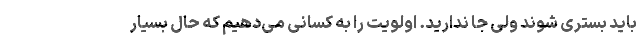
باید بستری شوند ولی جا ندارید. اولویت را به کسانی می‌دهیم که حال بسیار